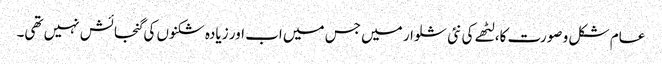
عام شکل و صورت کا، لٹھے کی نئی شلوار میں جس میں اب اور زیادہ شکنوں کی گنجائش نہیں تھی۔